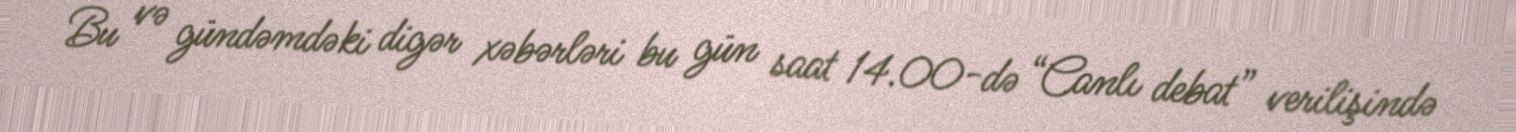
Bu və gündəmdəki digər xəbərləri bu gün saat 14.00-də “Canlı debat” verilişində